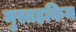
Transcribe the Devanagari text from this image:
मुस्तहकिम